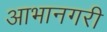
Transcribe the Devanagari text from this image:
आभानगरी